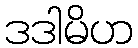
ဒဒါမိဟ